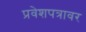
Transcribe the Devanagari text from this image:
प्रवेशपत्रावर